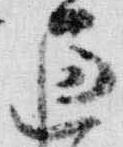
過